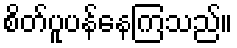
စိတ်ပူပန်နေကြသည်။